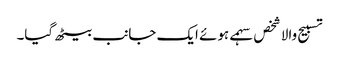
تسبیح والا شخص سہمے ہوئے ایک جانب بیٹھ گیا۔